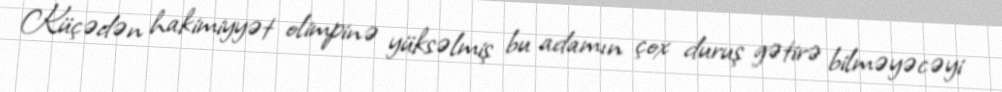
Küçədən hakimiyyət olimpinə yüksəlmiş bu adamın çox duruş gətirə bilməyəcəyi